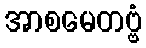
အာစမေတဗ္ဗံ